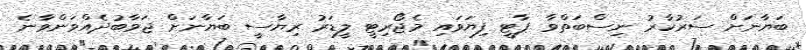
ބަޔާނަށް ސަރުކާރު ނިސްބަތްވާ ޕާޓީ ފިޔަވައި މެޖޯރިޓީ ލީޑަރު ރިޔާސީ ބަޔާނަށް ޖަވާބުދެއްވަންވާނެ